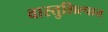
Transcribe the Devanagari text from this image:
वास्तुशिल्पात